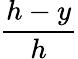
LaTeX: \frac{h-y}{h}